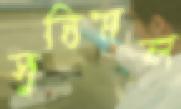
সুবিমল